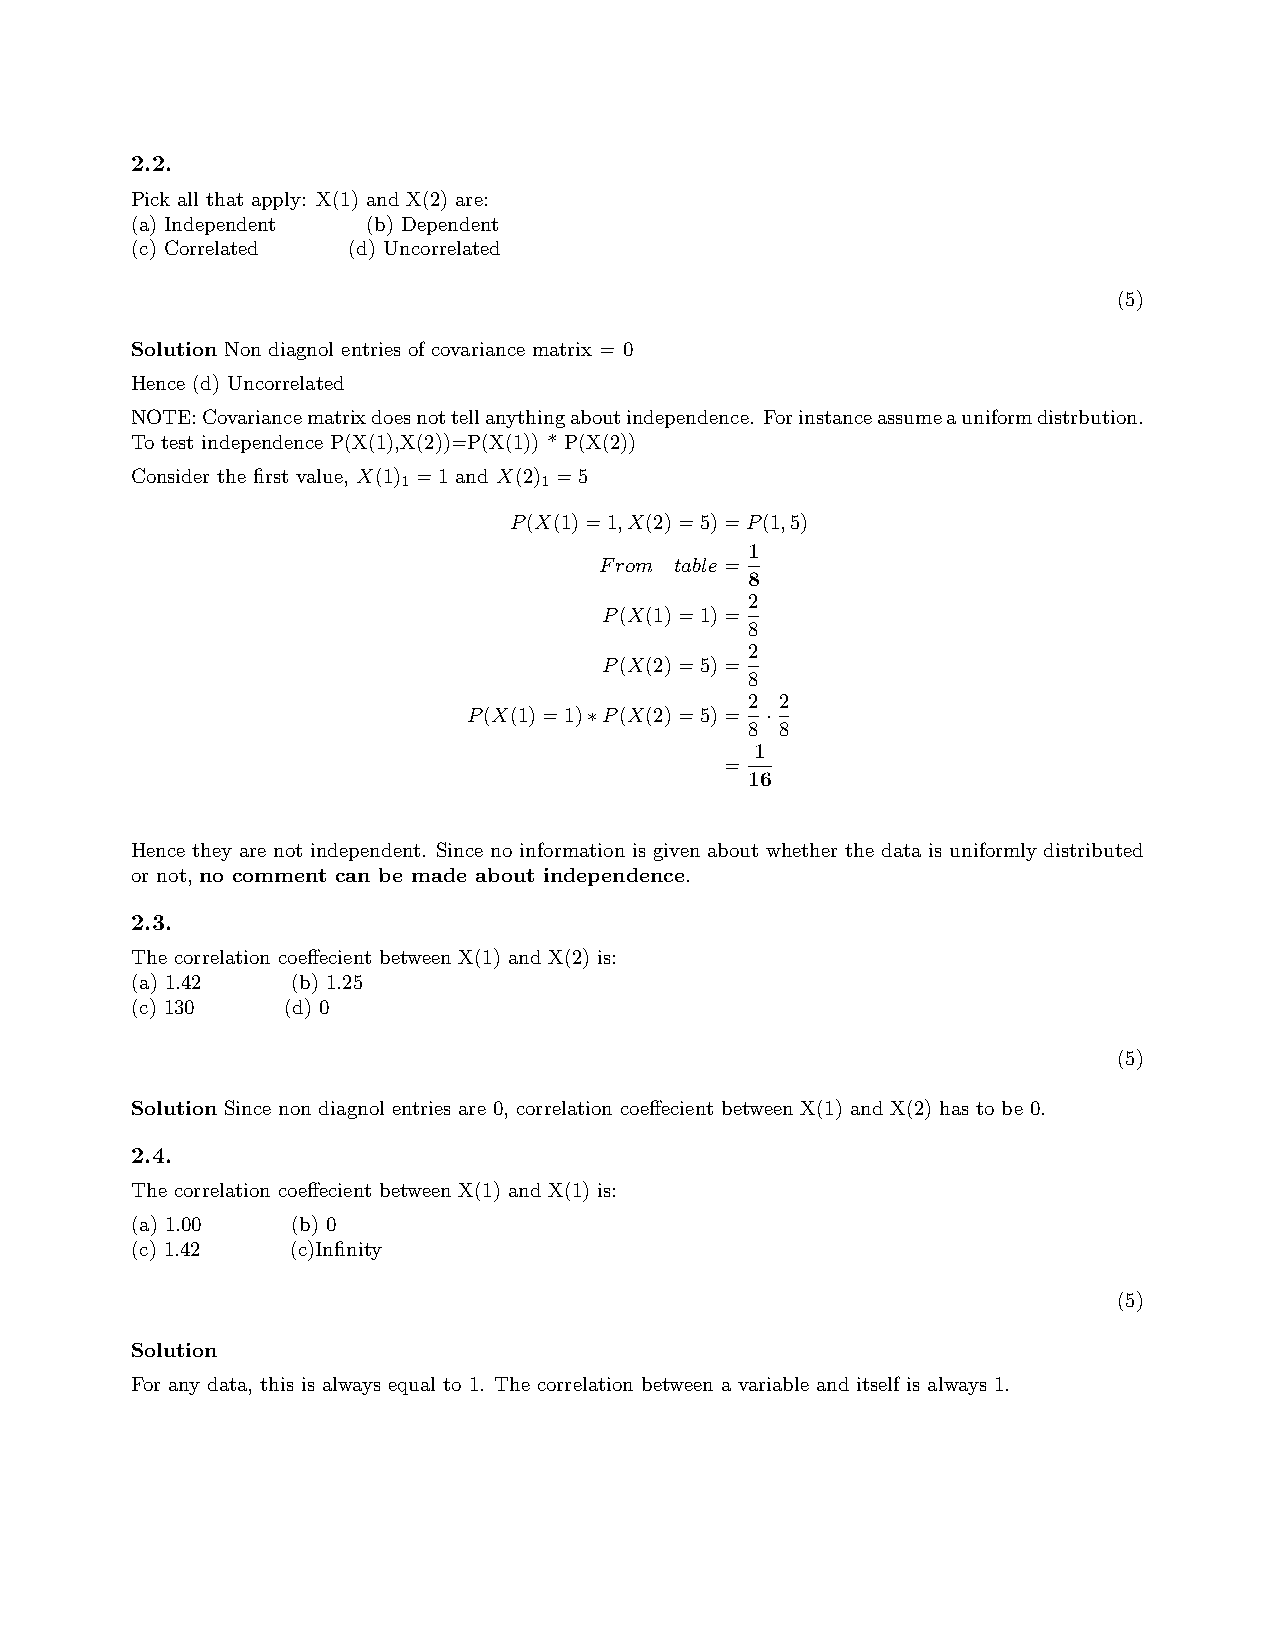
2.2.
 Pick all that apply: X(1) and X(2) are:
 (a) Independent (b) Dependent
 (c) Correlated (d) Uncorrelated
 (5)
 Solution Non diagnol entries of covariance matrix = 0
 Hence (d) Uncorrelated
 NOTE:Covariancematrixdoesnottellanythingaboutindependence. Forinstanceassumeauniformdistrbution.
 To test independence P(X(1),X(2))=P(X(1)) * P(X(2))
 Consider the first value, X(1) =1 and X(2) =5
 1        1
 P(X(1)=1,X(2)=5)=P(1,5)
 1
 From table=
 8
 2
 P(X(1)=1)=
 8
 2
 P(X(2)=5)=
 8
 2 2
 P(X(1)=1)∗P(X(2)=5)= ·
 8 8
 1
 =
 16
 Hence they are not independent. Since no information is given about whether the data is uniformly distributed
 or not, no comment can be made about independence.
 2.3.
 The correlation coeffecient between X(1) and X(2) is:
 (a) 1.42  (b) 1.25
 (c) 130   (d) 0
 (5)
 Solution Since non diagnol entries are 0, correlation coeffecient between X(1) and X(2) has to be 0.
 2.4.
 The correlation coeffecient between X(1) and X(1) is:
 (a) 1.00  (b) 0
 (c) 1.42  (c)Infinity
 (5)
 Solution
 For any data, this is always equal to 1. The correlation between a variable and itself is always 1.